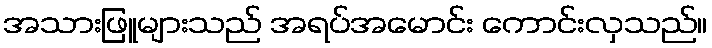
အသားဖြူများသည် အရပ်အမောင်း ကောင်းလှသည်။